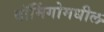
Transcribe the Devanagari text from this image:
दॉमिंगोमधील